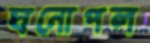
ঘনোপল